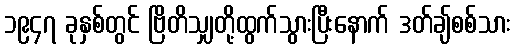
၁၉၄၇ ခုနှစ်တွင် ဗြိတိသျှတို့ထွက်သွားပြီးနောက် ဒတ်ချ်စစ်သား